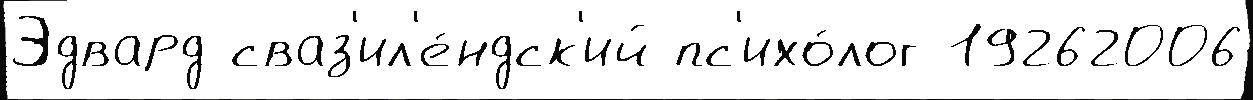
Эдвард сваз'ил'е́ндск'ий пс'ихо́лог 19262006